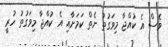
ވެސް އެ ކުއްޖާ މިވަގުތު ނެތް ކަމަށާއި އެ ކުއްޖާ މިވަގުތު ހުރީ